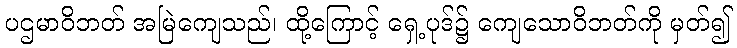
ပဌမာဝိဘတ် အမြဲကျေသည်၊ ထို့ကြောင့် ရှေ့ပုဒ်၌ ကျေသောဝိဘတ်ကို မှတ်၍